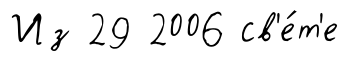
Из 29 2006 св'е́т'е